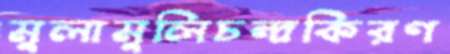
মুলামুলিচন্দ্রকিরণ